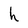
Character: h